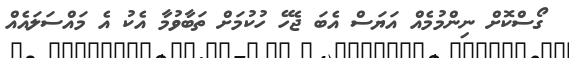
ގޯސްކޮށް ނިންމުމެއް އަޔަސް އެބަ ޖެހޭ ހުކުމަށް ތަބާވުމާ އެކު އެ މައްސަލައެއް